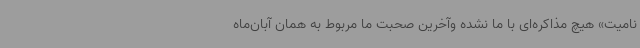
نامیت» هیچ مذاکره‌ای با ما نشده وآخرین صحبت ما مربوط به همان آبان‌ماه